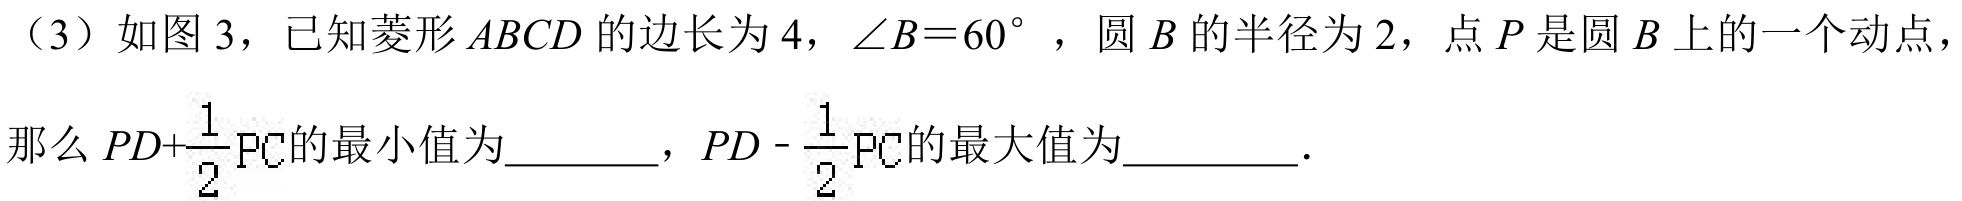
（3）如图3，已知菱形\(ABCD\)的边长为\(4\)，\(\angle B = 60^{\circ}\)，圆\(B\)的半径为\(2\)，点\(P\)是圆\(B\)上的一个动点，那么\(PD+\frac{1}{2}PC\)的最小值为________，\(PD - \frac{1}{2}PC\)的最大值为________．